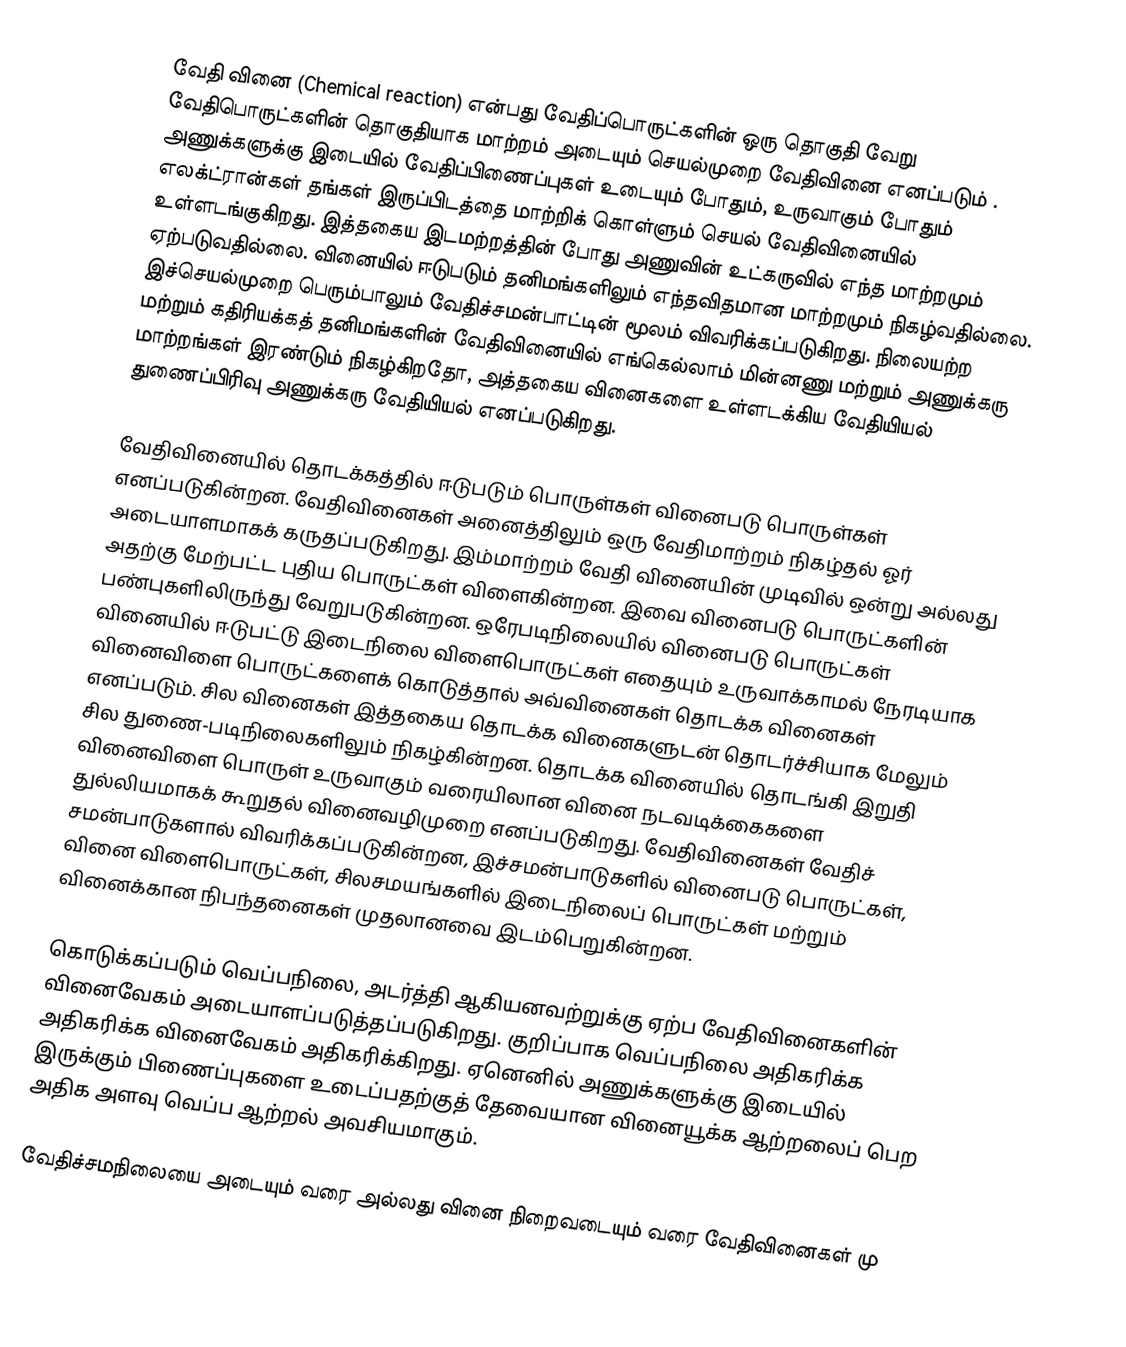
வேதி வினை (Chemical reaction) என்பது வேதிப்பொருட்களின் ஒரு தொகுதி வேறு வேதிபொருட்களின் தொகுதியாக மாற்றம் அடையும் செயல்முறை வேதிவினை எனப்படும் . அணுக்களுக்கு இடையில் வேதிப்பிணைப்புகள் உடையும் போதும், உருவாகும் போதும் எலக்ட்ரான்கள் தங்கள் இருப்பிடத்தை மாற்றிக் கொள்ளும் செயல் வேதிவினையில் உள்ளடங்குகிறது. இத்தகைய இடமற்றத்தின் போது அணுவின் உட்கருவில் எந்த மாற்றமும் ஏற்படுவதில்லை. வினையில் ஈடுபடும் தனிமங்களிலும் எந்தவிதமான மாற்றமும் நிகழ்வதில்லை. இச்செயல்முறை பெரும்பாலும்  வேதிச்சமன்பாட்டின் மூலம் விவரிக்கப்படுகிறது. நிலையற்ற மற்றும் கதிரியக்கத் தனிமங்களின் வேதிவினையில் எங்கெல்லாம் மின்னணு மற்றும் அணுக்கரு மாற்றங்கள் இரண்டும் நிகழ்கிறதோ, அத்தகைய வினைகளை உள்ளடக்கிய வேதியியல் துணைப்பிரிவு அணுக்கரு வேதியியல் எனப்படுகிறது.

வேதிவினையில் தொடக்கத்தில் ஈடுபடும் பொருள்கள் வினைபடு பொருள்கள் எனப்படுகின்றன. வேதிவினைகள் அனைத்திலும் ஒரு வேதிமாற்றம் நிகழ்தல் ஓர் அடையாளமாகக் கருதப்படுகிறது. இம்மாற்றம் வேதி வினையின் முடிவில் ஒன்று அல்லது அதற்கு மேற்பட்ட புதிய பொருட்கள் விளைகின்றன. இவை வினைபடு பொருட்களின் பண்புகளிலிருந்து வேறுபடுகின்றன. ஒரேபடிநிலையில் வினைபடு பொருட்கள் வினையில் ஈடுபட்டு இடைநிலை விளைபொருட்கள் எதையும் உருவாக்காமல் நேரடியாக வினைவிளை பொருட்களைக் கொடுத்தால் அவ்வினைகள் தொடக்க வினைகள் எனப்படும். சில வினைகள் இத்தகைய தொடக்க வினைகளுடன் தொடர்ச்சியாக மேலும் சில துணை-படிநிலைகளிலும் நிகழ்கின்றன. தொடக்க வினையில் தொடங்கி இறுதி வினைவிளை பொருள் உருவாகும் வரையிலான வினை நடவடிக்கைகளை துல்லியமாகக் கூறுதல் வினைவழிமுறை எனப்படுகிறது. வேதிவினைகள்  வேதிச் சமன்பாடுகளால் விவரிக்கப்படுகின்றன, இச்சமன்பாடுகளில் வினைபடு பொருட்கள், வினை விளைபொருட்கள், சிலசமயங்களில் இடைநிலைப் பொருட்கள் மற்றும் வினைக்கான நிபந்தனைகள் முதலானவை இடம்பெறுகின்றன.

கொடுக்கப்படும் வெப்பநிலை, அடர்த்தி ஆகியனவற்றுக்கு ஏற்ப வேதிவினைகளின் வினைவேகம் அடையாளப்படுத்தப்படுகிறது. குறிப்பாக வெப்பநிலை அதிகரிக்க அதிகரிக்க வினைவேகம் அதிகரிக்கிறது. ஏனெனில் அணுக்களுக்கு இடையில் இருக்கும் பிணைப்புகளை உடைப்பதற்குத் தேவையான வினையூக்க ஆற்றலைப் பெற அதிக அளவு வெப்ப ஆற்றல் அவசியமாகும்.

வேதிச்சமநிலையை அடையும் வரை அல்லது வினை நிறைவடையும் வரை வேதிவினைகள் மு